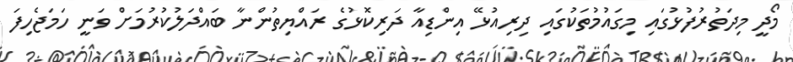
މޯދީ މިދަތުރުފުޅުގައި މިގައުމުތަކުގައި ދިރިއުޅޭ އިންޑިއާ ދަރިކޮޅުގެ ރައްޔިތުންނާ ބައްދަލުކުރުމަށް ވަނީ ހަމަޖެހިފަ